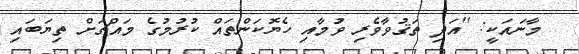
މާނައަކީ: ''އަދި ތަޤުވާވެރި ވުމާއި ހެޔޮކަންތައް ކުރުމުގެ މައްޗަށް ތިޔަބައި